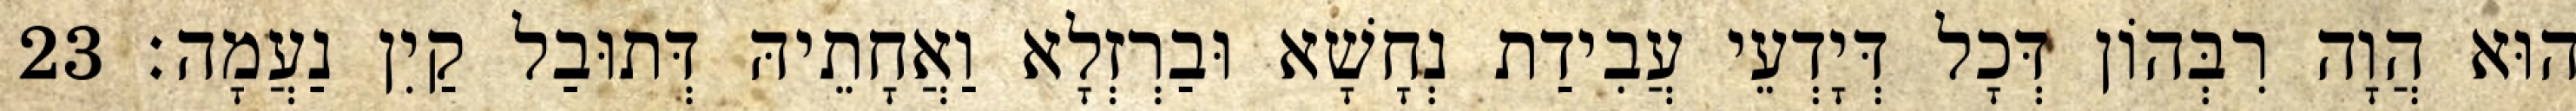
הוּא הֲוָה רִבְּהוֹן דְּכָל דְּיָדְעֵי עֲבִידַת נְחָשָׁא וּבַרְזְלָא וַאֲחָתֵיהּ דְּתוּבַל קַיִן נַעֲמָה׃ 23